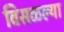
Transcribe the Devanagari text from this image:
विसळल्या